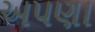
અપણા